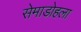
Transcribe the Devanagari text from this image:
सेमाडोहला